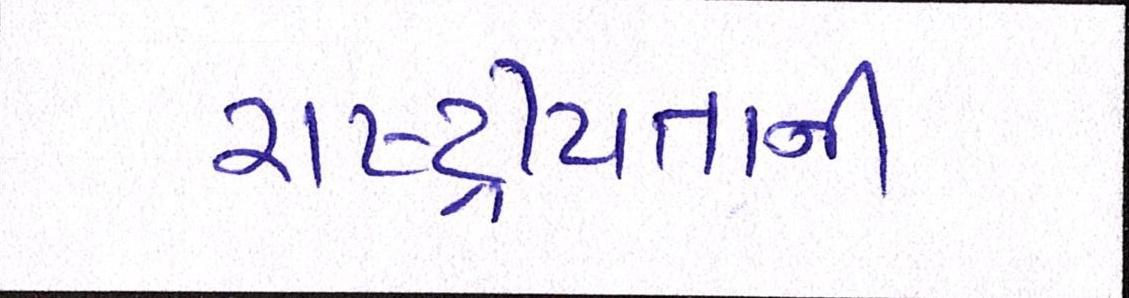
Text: રાષ્ટ્રીયતાની